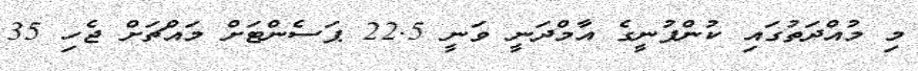
މި މުއްދަތުގައި ކުންފުނީގެ އާމްދަނީ ވަނީ 22.5 ޕަސެންޓަށް މައްޗަށް ޖެހި 35